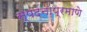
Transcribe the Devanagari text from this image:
स्पंदनांप्रमाणे